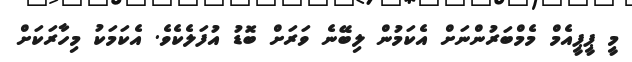
މީ ޕީޕީއެމް މެމްބަރުންނަށް އެކަމުން ލިބޭނެ ވަރަށް ބޮޑު އުފަލެކެވެ. އެކަމަކު މިހާރަކަށް